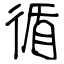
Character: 循